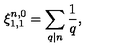
\xi _ { 1 , 1 } ^ { n , 0 } = \sum _ { q | n } \frac { 1 } { q } ,